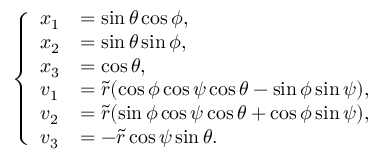
\left\{ \begin{array} { l l } { x _ { 1 } } & { = \sin \theta \cos \phi , } \\ { x _ { 2 } } & { = \sin \theta \sin \phi , } \\ { x _ { 3 } } & { = \cos \theta , } \\ { v _ { 1 } } & { = \widetilde { r } ( \cos \phi \cos \psi \cos \theta - \sin \phi \sin \psi ) , } \\ { v _ { 2 } } & { = \widetilde { r } ( \sin \phi \cos \psi \cos \theta + \cos \phi \sin \psi ) , } \\ { v _ { 3 } } & { = - \widetilde { r } \cos \psi \sin \theta . } \end{array} \right.